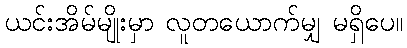
ယင်းအိမ်မျိုးမှာ လူတယောက်မျှ မရှိပေ။